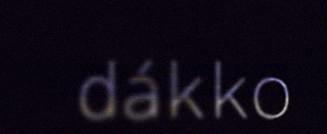
dákko